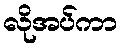
လိုအပ်ကာ